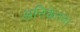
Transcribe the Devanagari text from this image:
अनिकेतन।